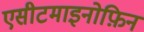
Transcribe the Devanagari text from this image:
एसीटमाइनोफ़िन